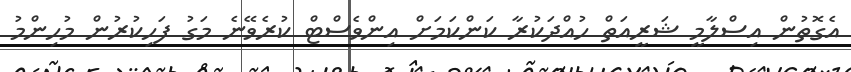
އެގޮތުން އިސްލާމީ ޝަރީއަތް ހުއްދަކުރާ ކަންކަމަށް އިންވެސްޓް ކުރެވޭނެ މަގު ފަހިކުރުން މުހިންމު